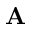
\mathbf { A }